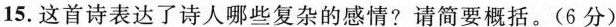
15. 这首诗表达了诗人哪些复杂的感情?请简要概括。(6分)